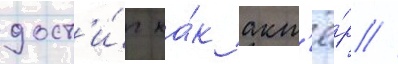
дост'и́г ка́к акт'ё́р //